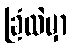
ခြံထဲမှာ